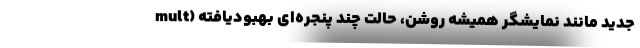
جدید مانند نمایشگر همیشه روشن، حالت چند پنجره‌ای بهبودیافته (mult